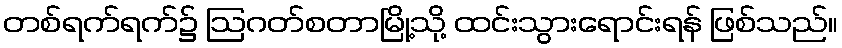
တစ်ရက်ရက်၌ ဩဂတ်စတာမြို့သို့ ထင်းသွားရောင်းရန် ဖြစ်သည်။